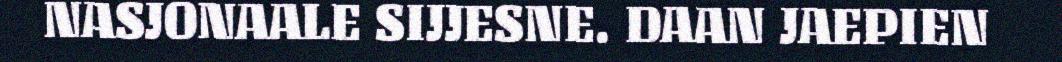
NASJONAALE SIJJESNE. DAAN JAEPIEN